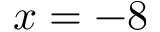
x = - 8